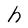
Character: h